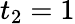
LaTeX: t_{2}=1